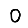
Digit: 0